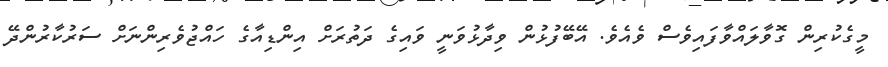
މީގެކުރިން ގޮވާލައްވާފައިވެސް ވެއެވެ. އޭބޭފުޅުން ވިދާޅުވަނީ ވައިގެ ދަތުރަށް އިންޑިއާގެ ހައްޖުވެރިންނަށް ސަރުކާރުންދޭ